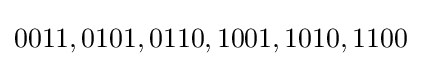
0011,0101,0110,1001,1010,1100